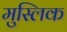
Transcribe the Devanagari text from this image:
मुस्लिक